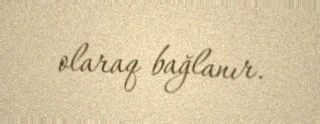
olaraq bağlanır.